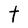
Character: t